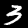
Label: 3